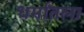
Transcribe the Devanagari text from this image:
धर्मांतला